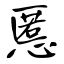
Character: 慝